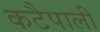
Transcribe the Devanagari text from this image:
कटैपाली